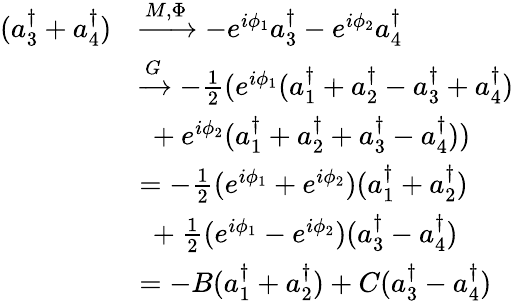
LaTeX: \begin{array}{rl}{(a_{3}^{\dagger}+a_{4}^{\dagger})}&{\xrightarrow{M,\Phi}-e^{i\phi_{1}}a_{3}^{\dagger}-e^{i\phi_{2}}a_{4}^{\dagger}}\\ &{\xrightarrow{G}-\frac 12(e^{i\phi_{1}}(a_{1}^{\dagger}+a_{2}^{\dagger}-a_{3}^{\dagger}+a_{4}^{\dagger})}\\ &{\ +e^{i\phi_{2}}(a_{1}^{\dagger}+a_{2}^{\dagger}+a_{3}^{\dagger}-a_{4}^{\dagger}))}\\ &{=-\frac 12(e^{i\phi_{1}}+e^{i\phi_{2}})(a_{1}^{\dagger}+a_{2}^{\dagger})}\\ &{\ +\frac 12(e^{i\phi_{1}}-e^{i\phi_{2}})(a_{3}^{\dagger}-a_{4}^{\dagger})}\\ &{=-B(a_{1}^{\dagger}+a_{2}^{\dagger})+C(a_{3}^{\dagger}-a_{4}^{\dagger})}\end{array}